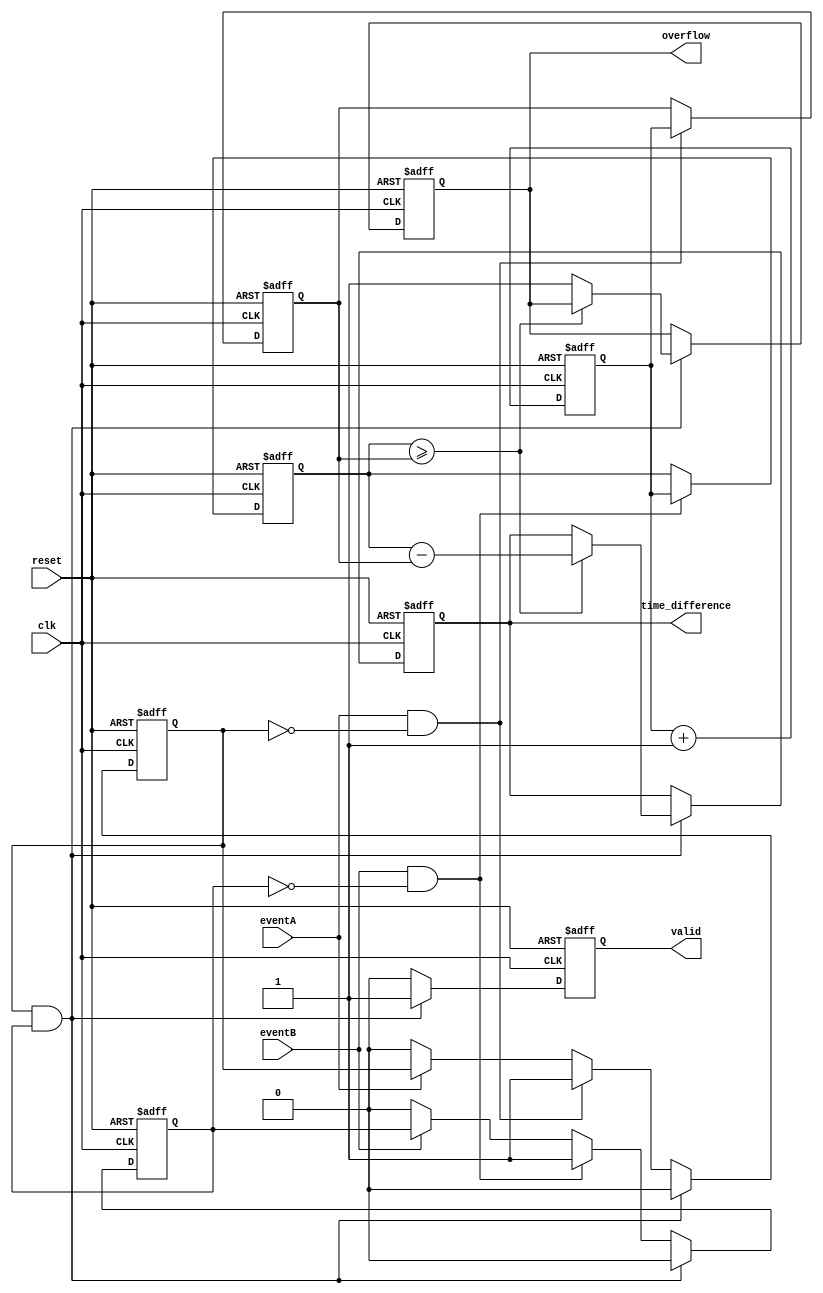
module TDC (
    input wire clk,
    input wire reset,
    input wire eventA,
    input wire eventB,
    output reg [31:0] time_difference, // 32-bit output for time difference
    output reg valid,                  // Indicates valid measurement
    output reg overflow                // Indicates overflow condition
);

    reg [31:0] timestampA;             // Timestamp for eventA
    reg [31:0] timestampB;             // Timestamp for eventB
    reg [31:0] counter;                // Clock cycle counter
    reg eventA_detected;               // Flag for eventA detection
    reg eventB_detected;               // Flag for eventB detection

    // Initialize registers and counter
    always @(posedge clk or posedge reset) begin
        if (reset) begin
            counter <= 32'b0;
            timestampA <= 32'b0;
            timestampB <= 32'b0;
            time_difference <= 32'b0;
            valid <= 1'b0;
            overflow <= 1'b0;
            eventA_detected <= 1'b0;
            eventB_detected <= 1'b0;
        end else begin
            // Increment the counter on each clock cycle
            counter <= counter + 1;

            // Detect rising edge of eventA
            if (eventA && !eventA_detected) begin
                timestampA <= counter; // Capture timestamp for eventA
                eventA_detected <= 1'b1; // Set flag for eventA detection
            end else if (!eventA) begin
                eventA_detected <= 1'b0; // Reset flag when eventA goes low
            end

            // Detect rising edge of eventB
            if (eventB && !eventB_detected) begin
                timestampB <= counter; // Capture timestamp for eventB
                eventB_detected <= 1'b1; // Set flag for eventB detection
            end else if (!eventB) begin
                eventB_detected <= 1'b0; // Reset flag when eventB goes low
            end

            // Calculate time difference when both events have been detected
            if (eventA_detected && eventB_detected) begin
                if (timestampB >= timestampA) begin
                    time_difference <= timestampB - timestampA; // Calculate time difference
                end else begin
                    overflow <= 1'b1; // Set overflow flag if eventB occurs before eventA
                end
                valid <= 1'b1; // Set valid flag
                // Reset detection flags for the next measurement
                eventA_detected <= 1'b0;
                eventB_detected <= 1'b0;
            end else begin
                valid <= 1'b0; // Clear valid flag if not both events detected
            end
        end
    end

endmodule